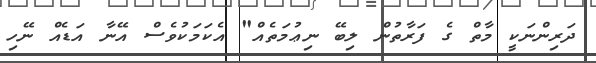
ދަރިންނަކީ މާތް ގެ ފަރާތުން ލިބޭ ނިޢުމަތެއް" އެކަމަކުވެސް އޭނާ އަޑެއް ނޭހި